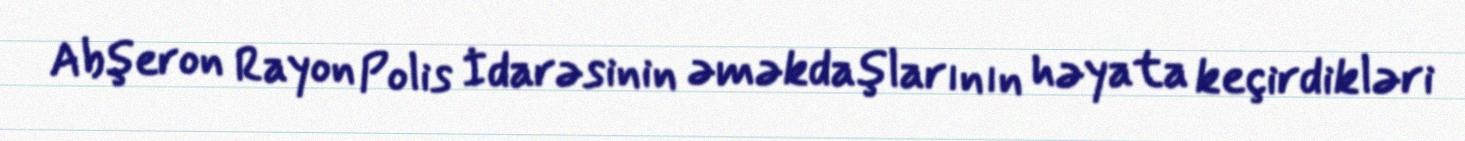
Abşeron Rayon Polis İdarəsinin əməkdaşlarının həyata keçirdikləri